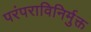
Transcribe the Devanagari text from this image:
परंपराविनिर्मुक्त